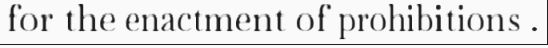
for the enactment of prohibitions .